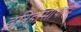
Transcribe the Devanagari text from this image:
इतिहासाचाही